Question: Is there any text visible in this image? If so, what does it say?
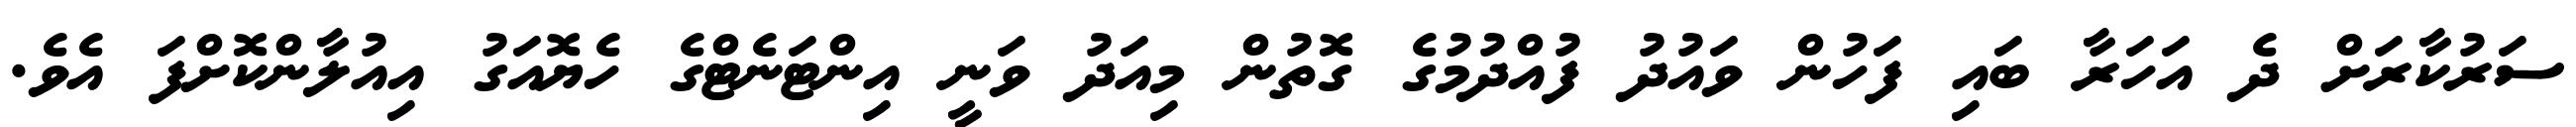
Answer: ސަރުކާރަށް ދެ އަހަރާ ބައި ފަހުން ވައުދު ފުއްދުމުގެ ގޮތުން މިއަދު ވަނީ އިންޓަނެޓްގެ ހެޔޮއަގު އިއުލާންކޮށްފަ އެވެ.